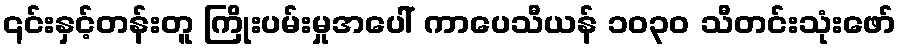
၎င်းနှင့်တန်းတူ ကြိုးပမ်းမှုအပေါ် ကာပေသီယန် ၁၀၃၀ သီတင်းသုံးဖော်